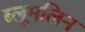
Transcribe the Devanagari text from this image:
ब्लूमलिन